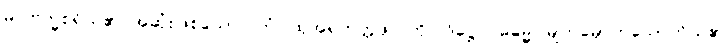
မဂ္ဂဗြဟ္မစရိယ၏ အဆုံးဖြစ်သော။ တံ၊ ထိုအရဟတ္တဖိုလ်ကို။ ဒိဋ္ဌေဝ ဓမ္မေ၊ မျက်မှောက်သောကိုယ်၏